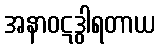
အနာဝဋဒွါရတာယ